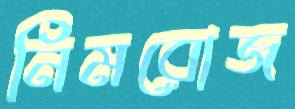
নিমরোজ